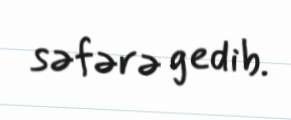
səfərə gedib.